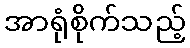
အာရုံစိုက်သည့်